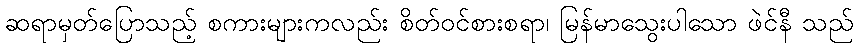
ဆရာမှတ်ပြောသည့် စကားများကလည်း စိတ်ဝင်စားစရာ၊ မြန်မာသွေးပါသော ဖဲင်နီ သည်